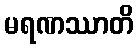
မရဏဿာတိ